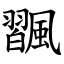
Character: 飁